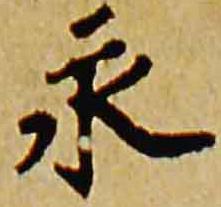
永